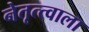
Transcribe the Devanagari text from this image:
नेतृत्त्वाला